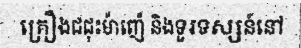
គ្រឿងជជុះម៉ាញ៉េ និងទូរទស្សន៍នៅ